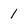
Character: 1